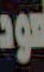
عود